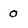
Character: 0